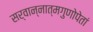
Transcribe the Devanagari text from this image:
सर्वान्नात्मगुणोपेतां